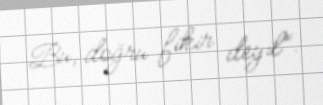
Bu, doğru fikir deyil”.